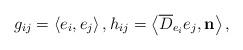
LaTeX: \begin{align*}g_{ij}=\left\langle e_i,e_j\right\rangle,h_{ij}=\left\langle \overline{D} _{e_i}e_j,\mathbf{n}\right\rangle,\end{align*}